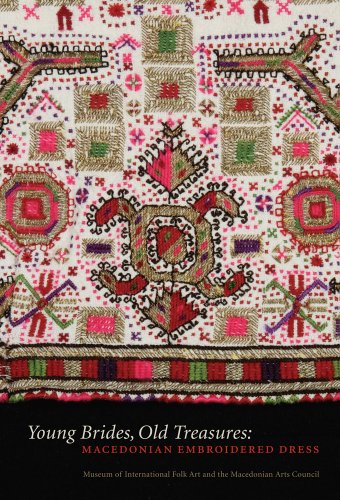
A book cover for Young Brides, Old Treasures: Macedonian Embroidered Dress; Crafts, Hobbies & Home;